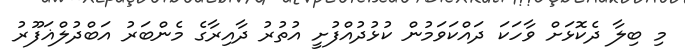
މި ބިލާ ދެކޮޅަށް ވާހަކަ ދައްކަވަމުން ކުޅުދުއްފުށީ އުތުރު ދާއިރާގެ މެންބަރު އަބްދުލްޣަފޫރު